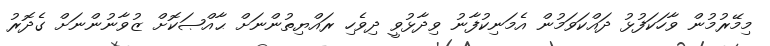
މިމޭރުމުން ވާހަކަފުޅު ދައްކަވަމުން އެމަނިކުފާނު ވިދާޅުވީ ދިވެހި ރައްޔިތުންނަށް ޙާއްޞަކޮށް ޒުވާނުންނަށް ގެދޮރު